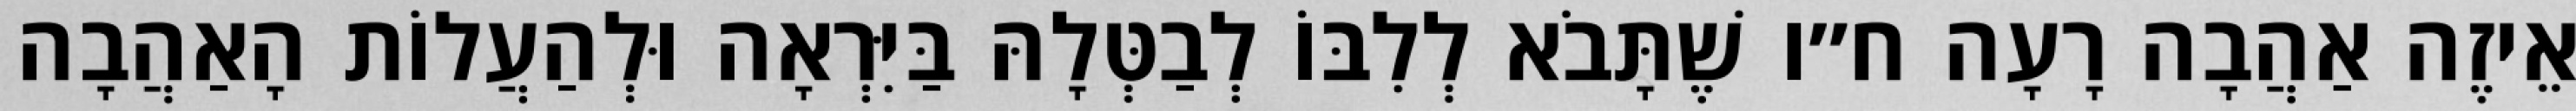
אֵיזֶה אַהֲבָה רָעָה ח״ו שֶׁתָּבֹא לְלִבּוֹ לְבַטְּלָהּ בַּיִּרְאָה וּלְהַעֲלוֹת הָאַהֲבָה